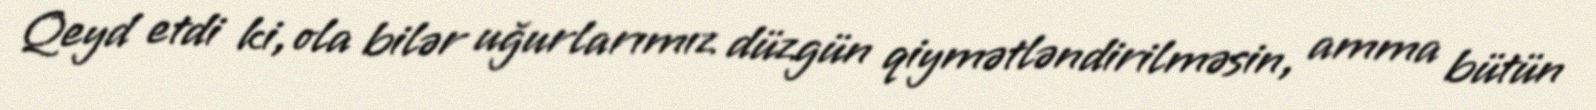
Qeyd etdi ki, ola bilər uğurlarımız düzgün qiymətləndirilməsin, amma bütün